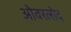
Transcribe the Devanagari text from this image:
ओवरलोद